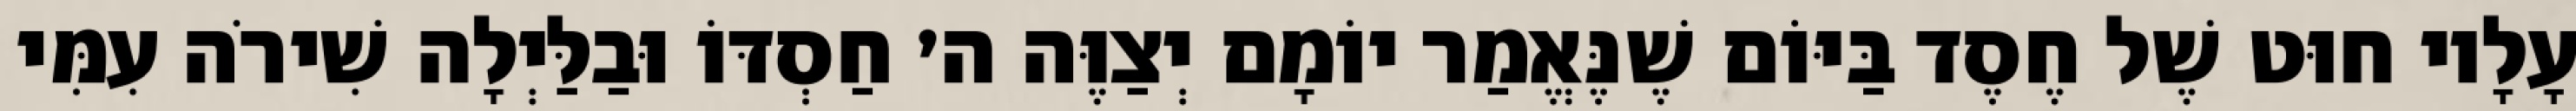
עָלָיו חוּט שֶׁל חֶסֶד בַּיּוֹם שֶׁנֶּאֱמַר יוֹמָם יְצַוֶּה ה׳ חַסְדּוֹ וּבַלַּיְלָה שִׁירֹה עִמִּי